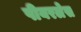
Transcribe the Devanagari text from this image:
पीयरलेस